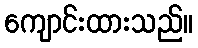
ကျောင်းထားသည်။